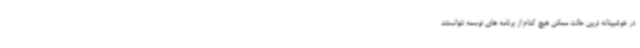
در خوشبینانه ترین حالت ممکن هیچ کدام از برنامه های توسعه نتوانستند